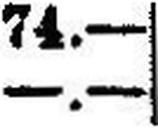
—.—